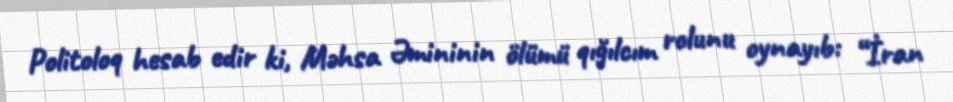
Politoloq hesab edir ki, Məhsa Əmininin ölümü qığılcım rolunu oynayıb: “İran